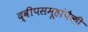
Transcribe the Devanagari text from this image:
द्वीपसमूहांपैकी